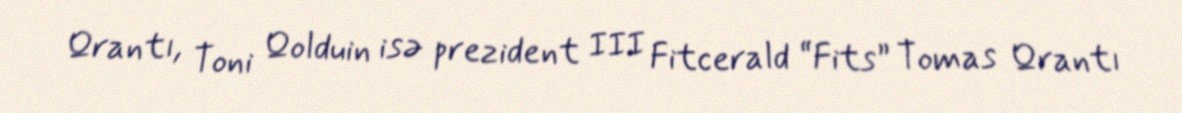
Qrantı, Toni Qolduin isə prezident III Fitcerald “Fits” Tomas Qrantı